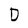
Character: D